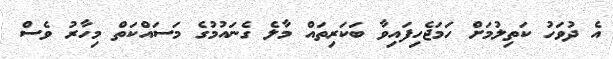
އެ ދުވަހު ކަތިލުމަށް ހަމަޖެހިފައިވާ ބަކަރިތައް މާލެ ގެނައުމުގެ މަސައްކަތް މިހާރު ވެސް